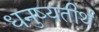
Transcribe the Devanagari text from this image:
धनुष्यतीर्थ